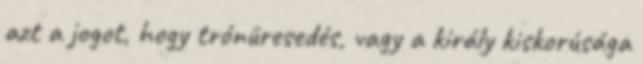
azt a jogot, hogy trónüresedés, vagy a király kiskorúsága